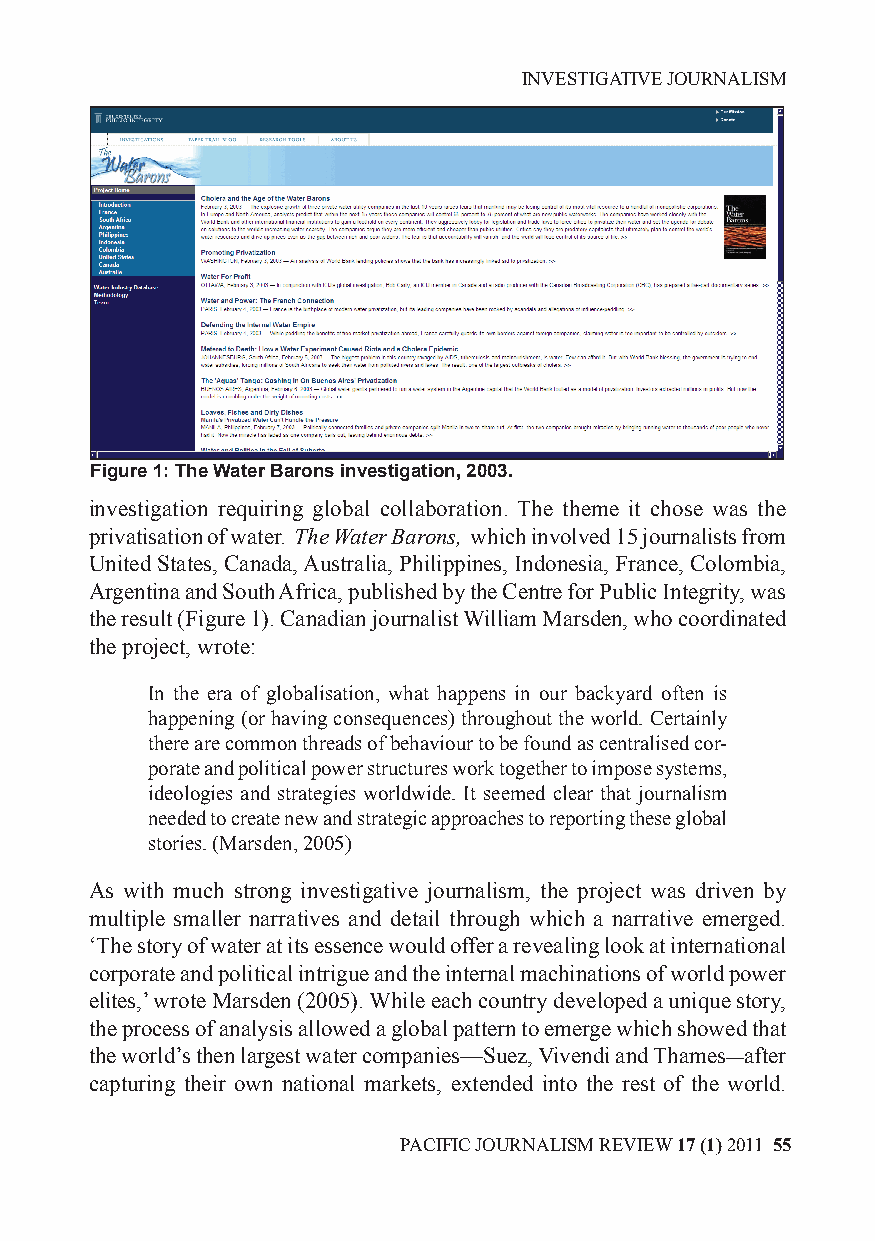
INVESTIGATIVE JOURNALISM
 Figure 1: The Water Barons investigation, 2003.
 investigation requiring global collaboration. The theme it chose was the
 privatisation of water. The Water Barons, which involved 15 journalists from
 United States, Canada, Australia, Philippines, Indonesia, France, Colombia,
 Argentina and South Africa, published by the Centre for Public Integrity, was
 the result (Figure 1). Canadian journalist William Marsden, who coordinated
 the project, wrote:
 In the era of globalisation, what happens in our backyard often is
 happening (or having consequences) throughout the world. Certainly
 there are common threads of behaviour to be found as centralised cor-
 porate and political power structures work together to impose systems,
 ideologies and strategies worldwide. It seemed clear that journalism
 needed to create new and strategic approaches to reporting these global
 stories. (Marsden, 2005)
 As with much strong investigative journalism, the project was driven by
 multiple smaller narratives and detail through which a narrative emerged.
 ‘The story of water at its essence would offer a revealing look at international
 corporate and political intrigue and the internal machinations of world power
 elites,’ wrote Marsden (2005). While each country developed a unique story,
 the process of analysis allowed a global pattern to emerge which showed that
 the world’s then largest water companies—Suez, Vivendi and Thames—after
 capturing their own national markets, extended into the rest of the world.
 PACIFIC JOURNALISM REVIEW 17 (1) 2011 55